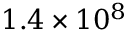
1 . 4 \times 1 0 ^ { 8 }